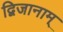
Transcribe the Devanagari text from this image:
द्विजानाम्